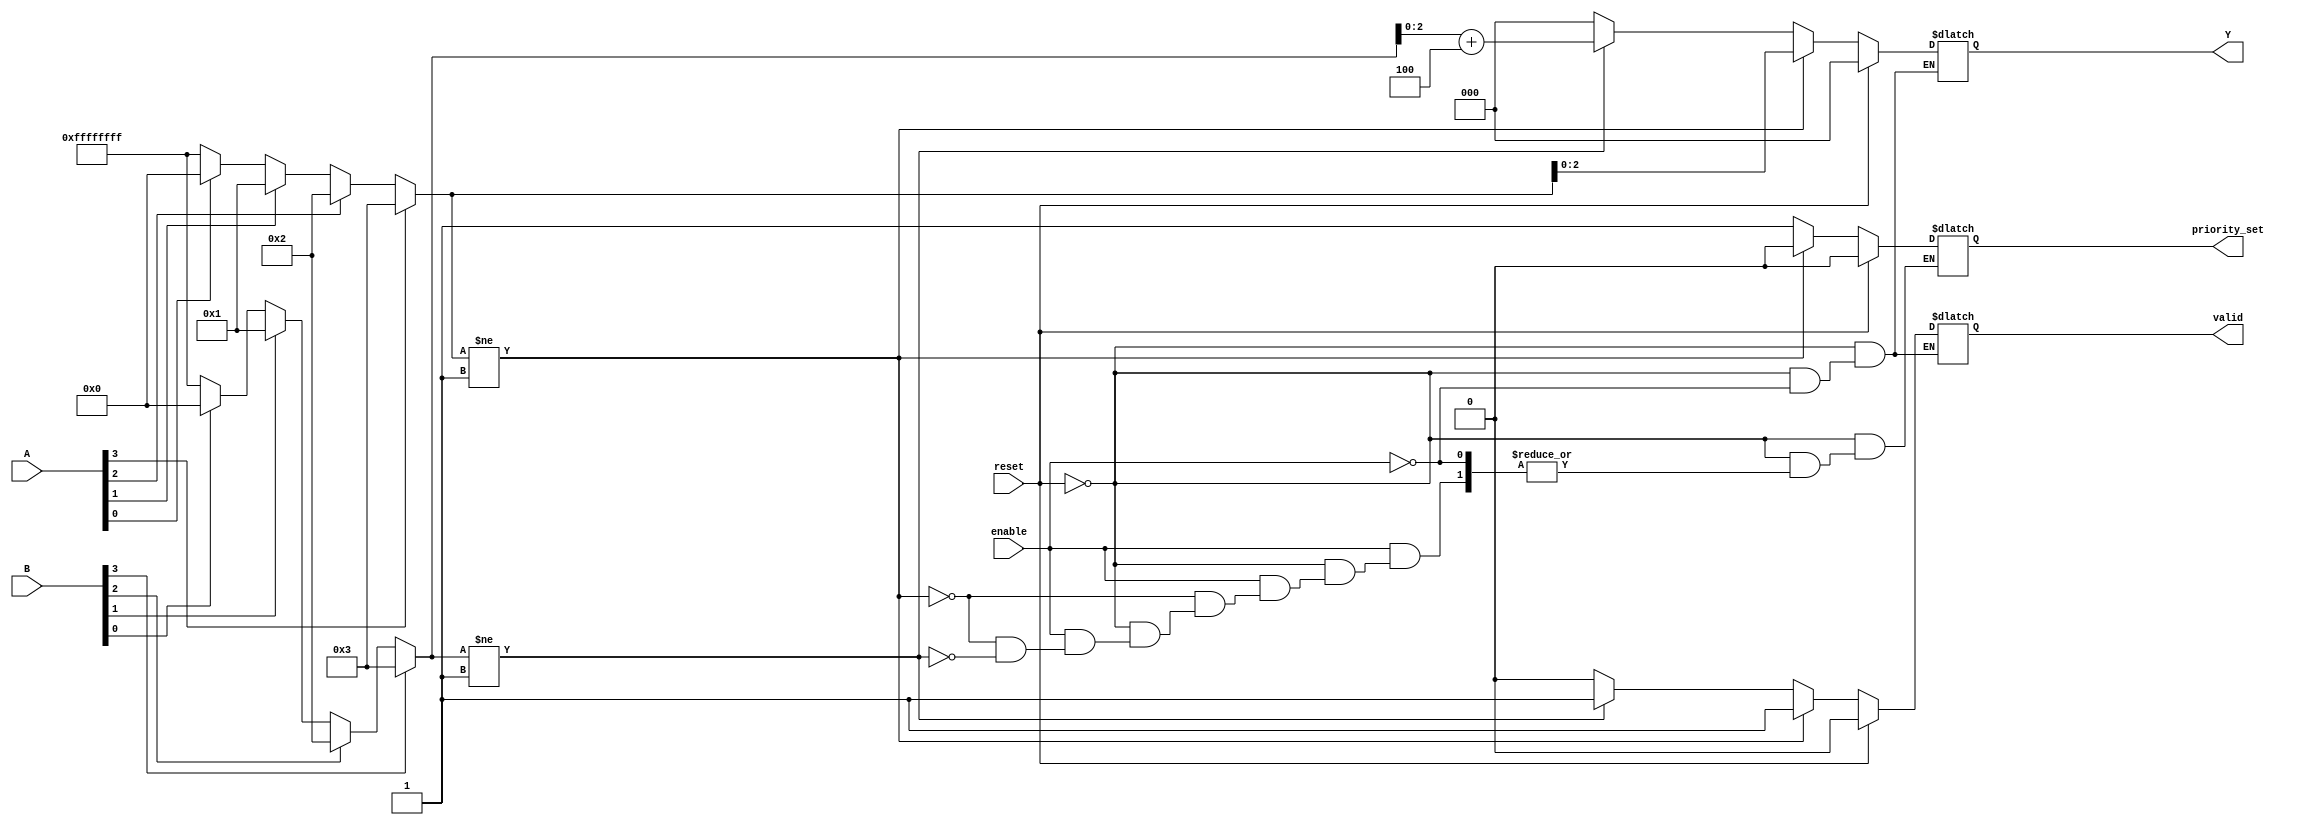
module dual_priority_encoder #(
    parameter n = 4, // Number of inputs in set A
    parameter m = 4  // Number of inputs in set B
)(
    input wire [n-1:0] A,  // Input Set A
    input wire [m-1:0] B,  // Input Set B
    input wire enable,      // Enable signal
    input wire reset,       // Reset signal
    output reg [log2(n+m)-1:0] Y, // Output binary encoded
    output reg priority_set, // Indicates which set has priority (0 for A, 1 for B)
    output reg valid        // Valid output signal
);

integer i;
integer index_a, index_b;

function integer log2;
    input integer value;
    begin
        log2 = 0;
        while (2**log2 < value) begin
            log2 = log2 + 1;
        end
    end
endfunction

always @(*) begin
    if (reset) begin
        Y = {log2(n+m){1'b0}}; // Set output to 0 on reset
        valid = 1'b0;          // Valid signal low on reset
        priority_set = 1'b0;   // Clear priority set
    end else if (enable) begin
        // Default values
        index_a = -1; // No input active in A
        index_b = -1; // No input active in B
        valid = 1'b0; // Start as invalid
        
        // Check Set A for active inputs
        for (i = 0; i < n; i = i + 1) begin
            if (A[i] == 1'b1) begin
                index_a = i; // Store index of highest priority active input
            end
        end
        
        // If an input from Set A is active
        if (index_a != -1) begin
            Y = index_a; // Output the index of the highest priority active input from A
            valid = 1'b1; // Valid input
            priority_set = 1'b0; // Set A has priority
        end else begin
            // Check Set B for active inputs if no active inputs from A
            for (i = 0; i < m; i = i + 1) begin
                if (B[i] == 1'b1) begin
                    index_b = i; // Store index of active input from B
                end
            end
            
            // If an input from Set B is active
            if (index_b != -1) begin
                Y = index_b + n; // Output the index of the highest priority active input from B (offset by n)
                valid = 1'b1; // Valid input
                priority_set = 1'b1; // Set B has priority
            end else begin
                Y = {log2(n+m){1'b0}}; // No active inputs
            end
        end
    end else begin
        // If not enabled, keep previous state
        Y = Y;
        valid = valid;
        priority_set = priority_set;
    end
end

endmodule